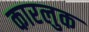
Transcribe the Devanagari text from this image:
कारलुक